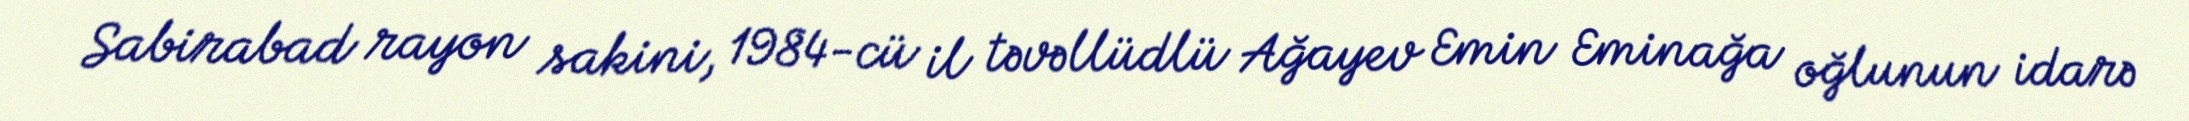
Sabirabad rayon sakini, 1984-cü il təvəllüdlü Ağayev Emin Eminağa oğlunun idarə